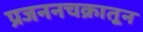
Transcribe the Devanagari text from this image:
प्रजननचक्रातून